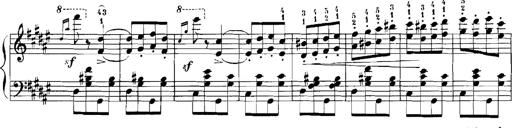
Title: Rhapsodies hongroises
Composer: Franz Liszt